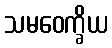
သမဝေက္ခိယ